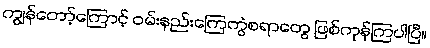
ကျွန်တော့်ကြောင့် ဝမ်းနည်းကြေကွဲစရာတွေ ဖြစ်ကုန်ကြပါပြီ။